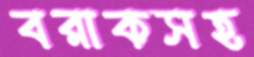
বরাকসহ